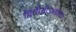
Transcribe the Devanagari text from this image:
द्वितीयोऽध्यायः